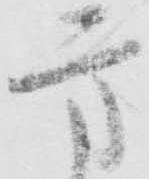
方